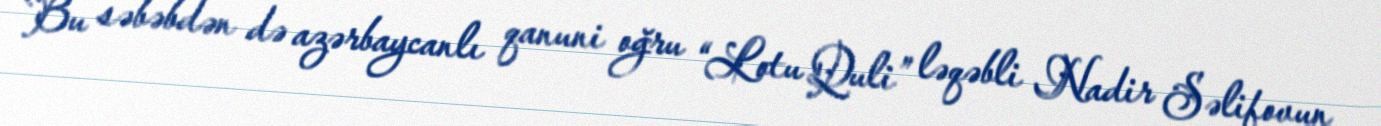
Bu səbəbdən də azərbaycanlı qanuni oğru “Lotu Quli” ləqəbli Nadir Səlifovun